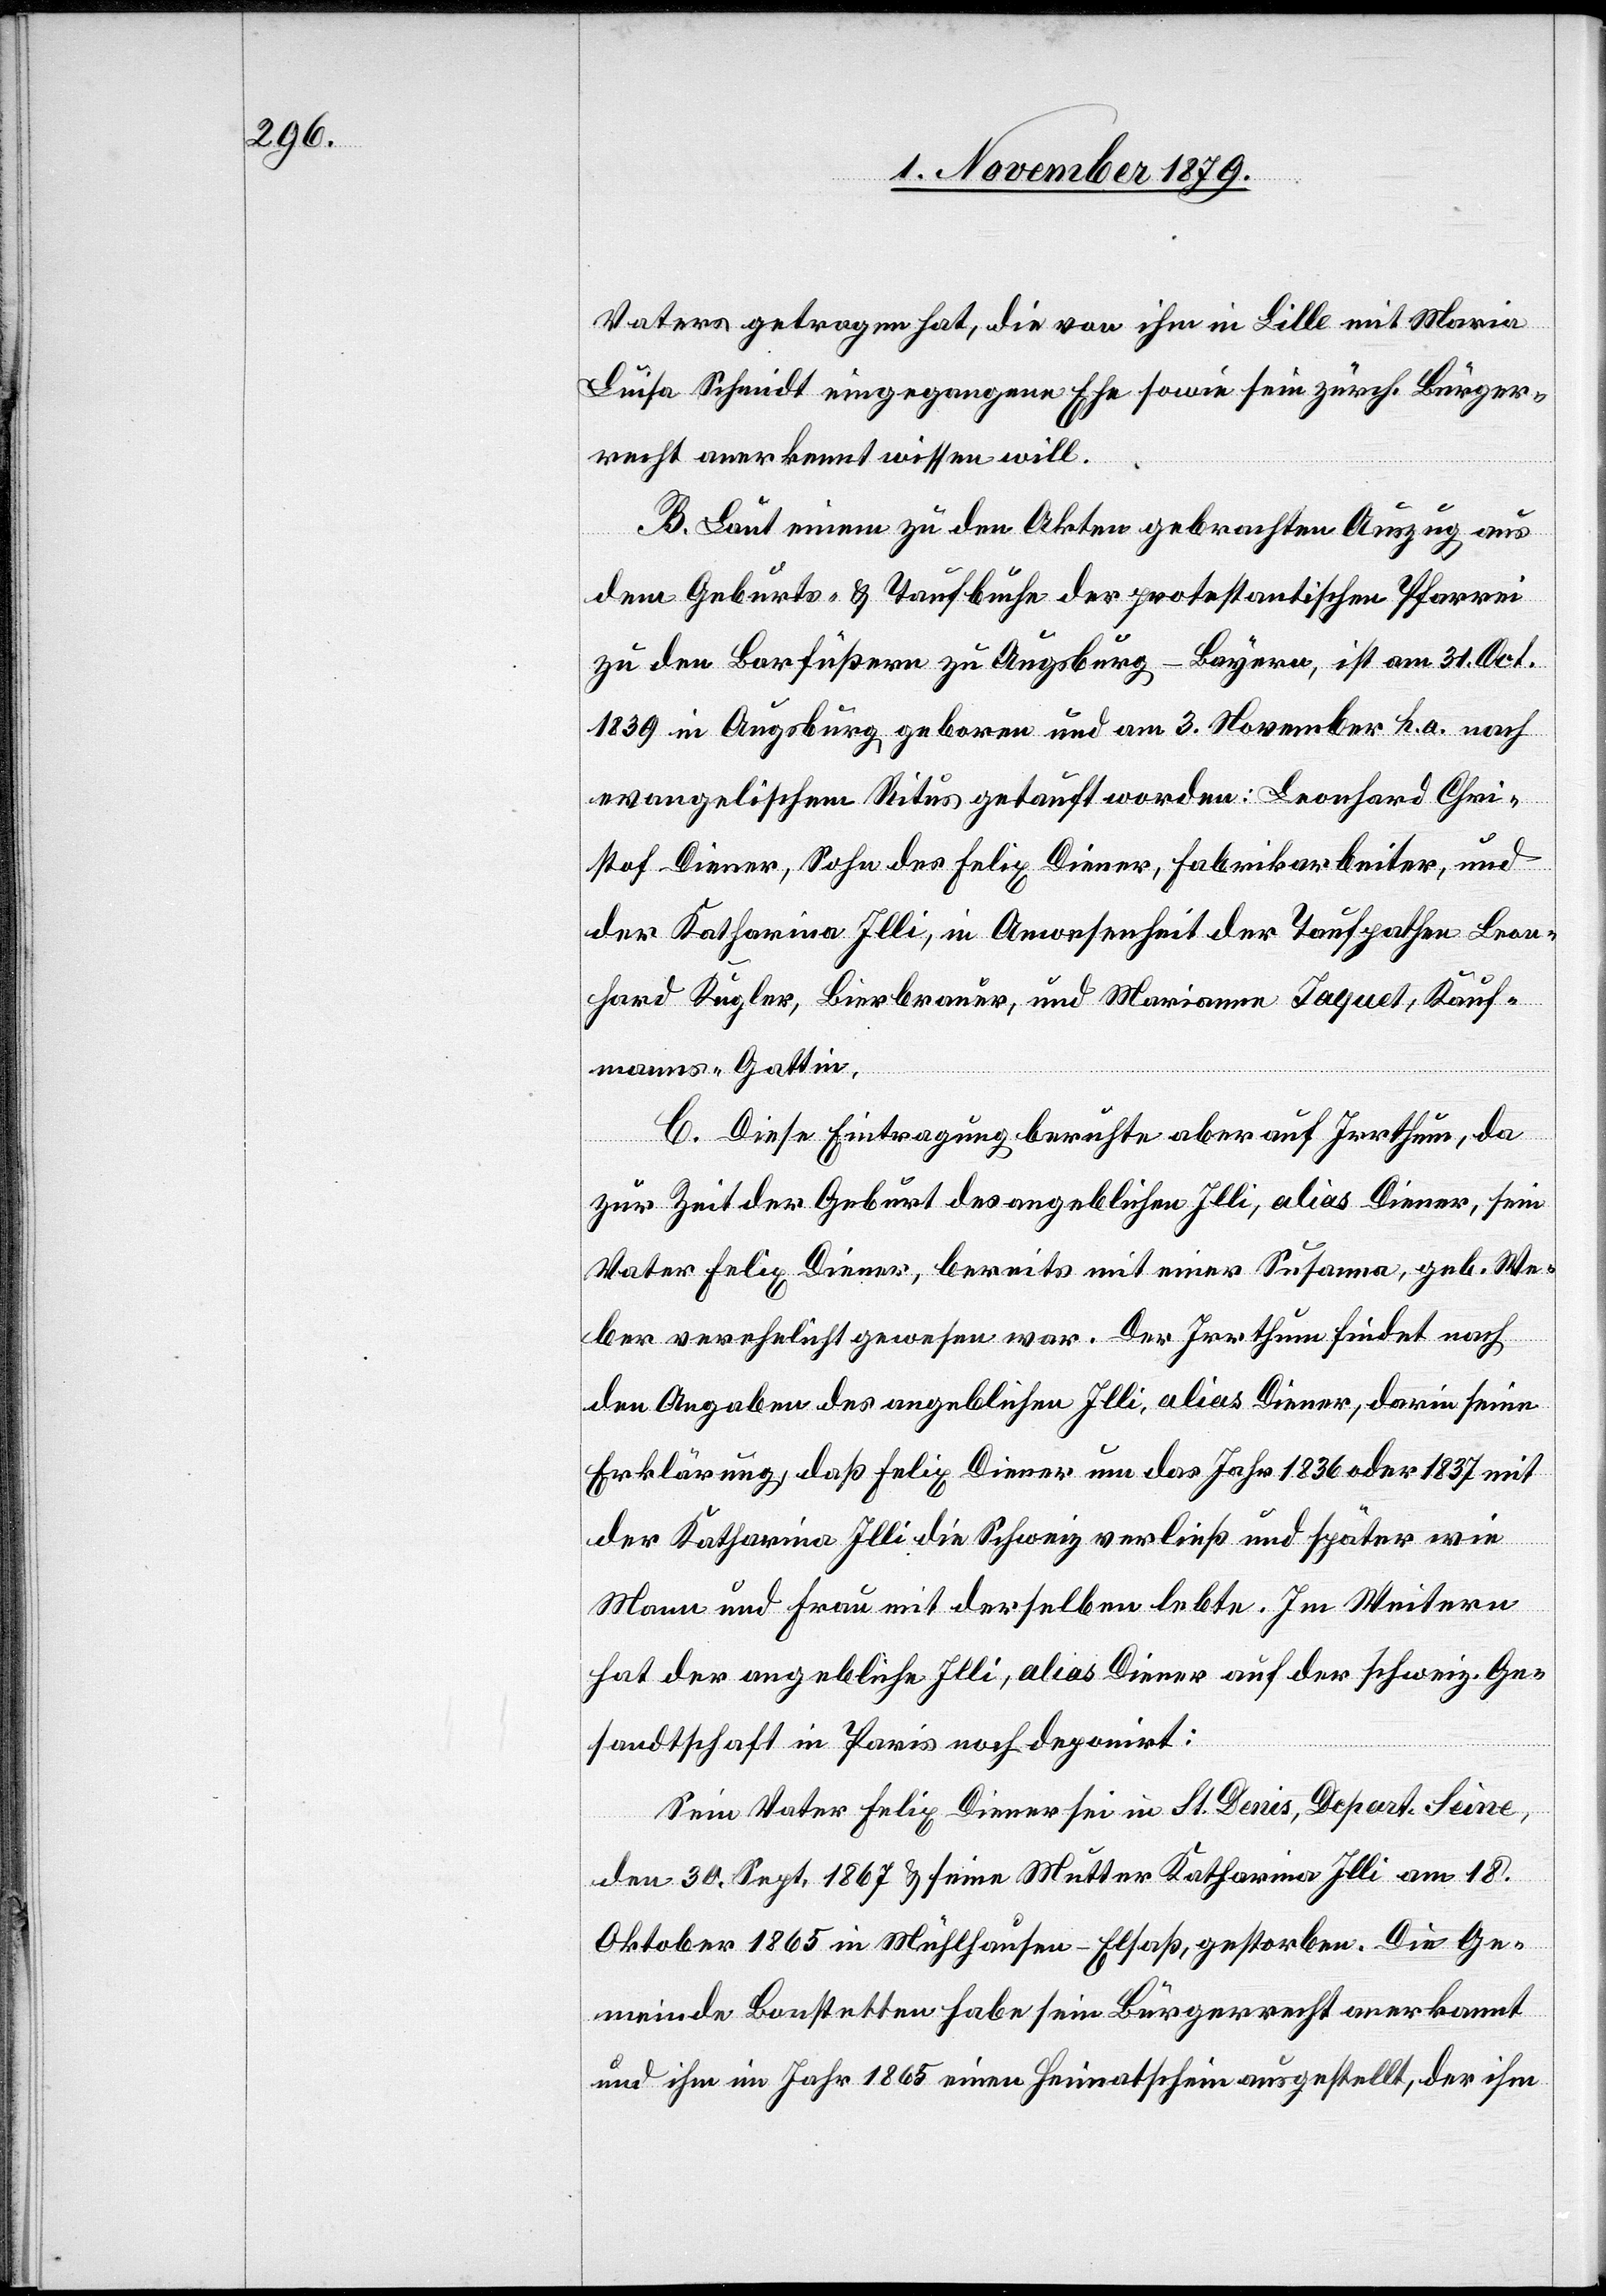
Vaters getragen hat, die von ihm in Lille mit Maria
Luisa Schmidt eingegangene Ehe sowie sein zürch. Bürger¬
recht anerkannt wissen will.
B. Laut einem zu den Akten gebrachten Auszug aus
dem Geburts- und Taufbuche der protestantischen Pfarrei
zu den Barfüßern zu Augsburg - Bayern, ist am 31. Oct
1839 in Augsburg geboren und am 3. November h. a. nach
evangelischem Ritus getauft worden: Leonhard Chri¬
stof Diener, Sohn des Felix Diener, Fabrikarbeiter, und
der Katharina Illi, in Anwesenheit der Taufpathen Leon¬
hard Kugler, Bierbrauer, und Marianne Jaquet, Kauf¬
manns-Gattin.
C. Diese Eintragung beruhte aber auf Irrthum, da
zur Zeit der Geburt des angeblichen Illi, alias Diener, sein
Vater Felix Diener, bereits mit einer Susanna, geb. We¬
ber verehelicht gewesen war. Der Irrthum findet nach
den Angaben des angeblichen Illi, alias Diener, darin seine
Erklärung, daß Felix Diener um das Jahr 1836 oder 1837 mit
der Katharina Illi die Schweiz verließ und später wie
Mann und Frau mit derselben lebte. Im Weitern
hat der angebliche Illi, alias Diener auf der schweiz. Ge¬
sandtschaft in Paris noch deponirt:
Sein Vater Felix Diener sei in St. Denis, Depart. Seine,
den 30. Sept. 1867 & seine Mutter Katharina Illi am 18.
Oktober 1865 in Mühlhausen - Elsaß, gestorben. Die Ge¬
meinde Bonstetten habe sein Bürgerrecht anerkannt
und ihm im Jahr 1865 einen Heimatschein ausgestellt, der ihm